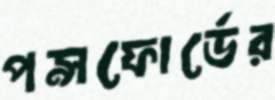
পন্সফোর্ডের